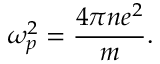
\omega _ { p } ^ { 2 } = { \frac { 4 \pi n e ^ { 2 } } { m } } .